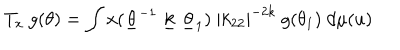
LaTeX: T _ { x } ~ g ( \theta ) = \int x ( \underline { { { \theta } } } ^ { - 1 } ~ \underline { { { k } } } ~ \underline { { { \theta } } } _ { 1 } ) ~ { \mid k _ { 2 2 } \mid } ^ { - 2 k } ~ g ( \theta _ { 1 } ) ~ d \mu ( u )